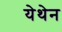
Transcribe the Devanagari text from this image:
येथेन